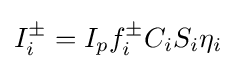
I_{i}^{\pm }=I_{p}f_{i}^{\pm }C_{i}S_{i}\eta _{i}